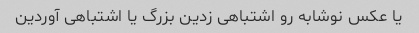
یا عکس نوشابه رو اشتباهی زدین بزرگ یا اشتباهی آوردین